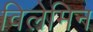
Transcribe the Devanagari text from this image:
विलेमिन